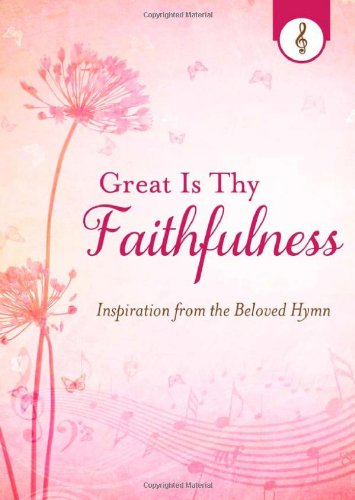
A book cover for Great Is Thy Faithfulness: Inspiration from the Beloved Hymn; JoAnne Simmons; Christian Books & Bibles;